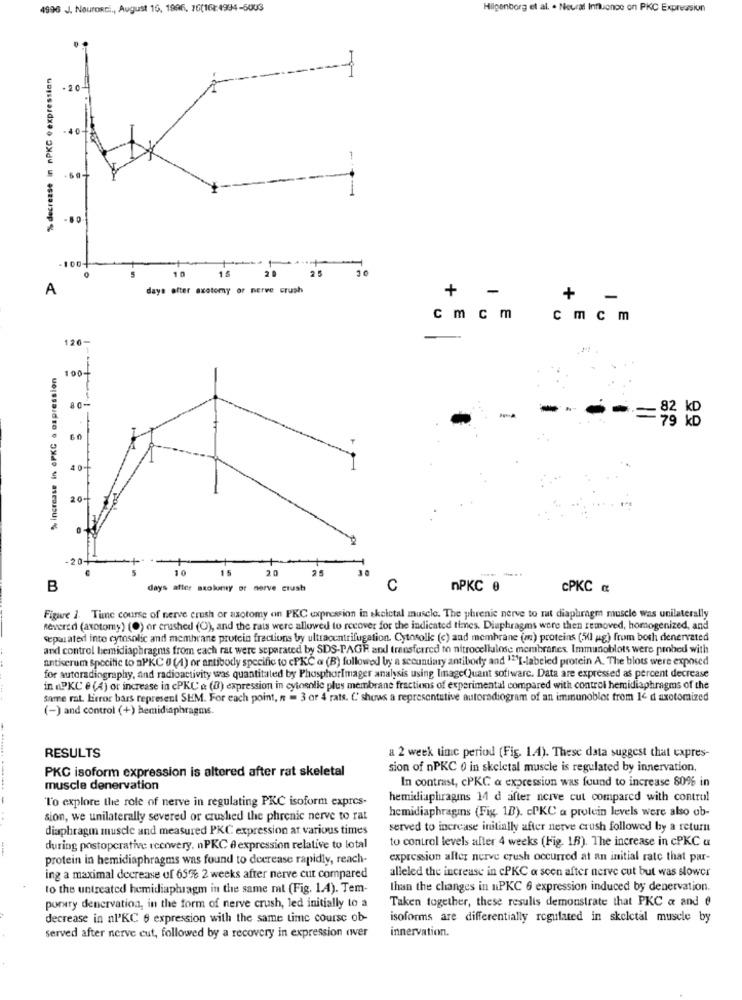
4996 J. Nourosti ., August 16, 1996, 76(161:4994-5003
Hilgenborg et al. . Neural Influence on PKC Expression
% decrease in nPKC eexpression
-20-
40
0
10
2'5
A
days ofter axotory or nerve crush
+ -
+
-
cm cm
cmc m
120-
% increase in oPKG & ospression
100-
80-
= 79 KD
60
20-
-20-
10
15
25
20
30
B
days after szokamy or nerve crush
C
nPKC 0
CPKC &
Figwe 1. Time course of nerve crush or asotomy on PKC expression in skeletal muscle. The phrenic nerve to mut diaphragm muscle was unilaterally
Revered (axotomy) (O) or crushed (O), and the rais were allowed to recover for the indicated times. Diaphragms were then removed, homogenized, and
separated into cytosolic and membrane protein fractions by ultracentrifugation. Cytosolle (c) and membrane (m) proteins (5X1 ug) from both denervated
and control hemidiaphragms from each rat were separated by SIDS-PAGE and transferred to nitrocellulose membranes. Immunoblots were probed with
antiserum specific to aPKC 0 (4) or artibody specific to cPKC a (B) followed by a secundary antibody and "I-labeled protein A. The blots were exposed
for autoradiography, and radioactivity was quantitated by PhosphorImager analysis using Image()uant software. Data are expressed as percent decrease
in PKC e (4) or increase in cPKC & (0) expression in cytoenlic plus membrane fractions of experimental compared with control hemidiaphragms of the
same rat Lieror bars represent SEM. For each point, n = 3 or 4 rats. C' shows a representative autoradiogram of an immunoblot from 14 d axotomized
(-) and control (+) hemidiaphragms.
RESULTS
a 2 week tinc period (Fig. 1.4). These data suggest that expres-
PKC isoform expression is altered after rat skeletal
sion of nPKC 0 in skeletal muscle is regulated by innervation.
In contrast, cPKC a expression was found to increase 80% in
muscle denervation
To explore the role of nerve in regulating PKC isoform expres-
hemidiaphragins 14 d after ncrve cut compared with control
hemidiaphragmns (Fig. 1B). cPKC a protein levels were also ob-
sion, we unilaterally severed or crushed the phrenic nerve to rat
diaphragm muscle and measured PKC expression at various times
served to increase initially after nerve crush followed by a return
to control levels after 4 weeks (Fig. 18). The increase in cPKC &
during postoperative recovery. nPKC A expression relative to lotal
protein in hemidiaphragms was found to deerease rapidly, reach-
expression after nerve crush occurred at an initial rate that par-
alleled the increase in cPKC a scen after nerve cut but was slower
ing a maximal decrease of 65% 2 weeks after nerve cut compared
to the untreated hemidiaphragm in the same ml (Fig. 1.4). Tem-
than the changes in nPKC 6 expression induced by denervation.
Taken together, these results demonstrate that PKC a and @
porary denervation, in the form of nerve crush, led initially to a
decrease in nl'KC 9 expression with the same time course ob-
isoforms are differentially regulated in skeletal muscle by
innervation.
served after nerve cut, followed by a recovery in expression (wer